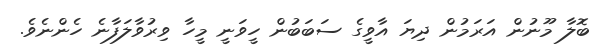
ބޮލާ މޫނުން އަރަމުން ދިޔަ އާވީގެ ސަބަބުން ހީވަނީ މީހާ ވިރުވާލަފާނެ ހެންނެވެ.